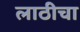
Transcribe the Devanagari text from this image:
लाठीचा